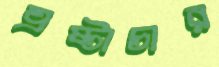
ভ্রষ্টাচার